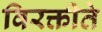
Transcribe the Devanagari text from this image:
विरक्तीते